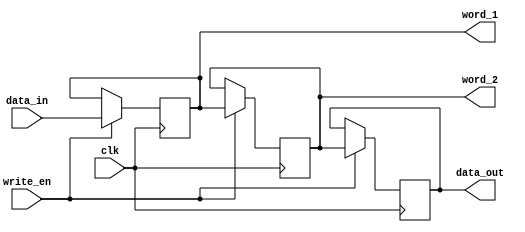
module shift_2 (input  wire        write_en,
                input  wire        clk,
                input  wire [31:0] data_in,
                output reg  [31:0] data_out,
                output reg  [31:0] word_1,
                output reg  [31:0] word_2
                );

    always @ (negedge clk) begin
        if (write_en) begin
            data_out <= word_2;
            word_2 <= word_1;
            word_1 <= data_in;
        end
    end 
endmodule